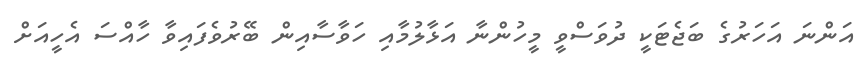
އަންނަ އަހަރުގެ ބަޖެޓަކީ ދުވަސްވީ މީހުންނާ އަޅާލުމާއި ހަވާސާއިން ބޭރުވެފައިވާ ހާއްސަ އެހީއަށް